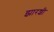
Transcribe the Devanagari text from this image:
झारशी